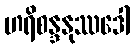
ဟရိစန္ဒနုဿဒေါ